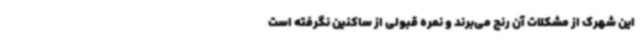
این شهرک از مشکلات آن رنج می‌برند و نمره قبولی از ساکنین نگرفته است